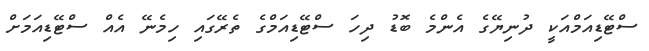
ސްޓޭޑިއަމްއަކީ ދުނިޔޭގެ އެންމެ ބޮޑު ދިހަ ސްޓޭޑިއަމްގެ ތެރޭގައި ހިމެނޭ އެއް ސްޓޭޑިއަމަށް